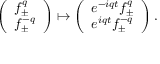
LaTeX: \left( \begin{array} { l } { { f _ { \pm } ^ { q } } } \\ { { f _ { \pm } ^ { - q } } } \end{array} \right) \mapsto \left( \begin{array} { l } { { e ^ { - i q t } f _ { \pm } ^ { q } } } \\ { { e ^ { i q t } f _ { \pm } ^ { - q } } } \end{array} \right) .